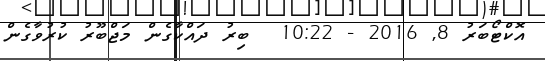
އޮކްޓޯބަރު 8